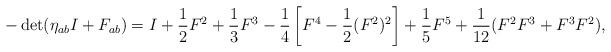
LaTeX: \begin{align*}-\det(\eta_{ab} I + F_{ab}) = I + \frac{1}{2}F^2 + \frac{1}{3}F^3 -\frac{1}{4}\left[F^4 - \frac{1}{2}(F^2)^2\right] + \frac{1}{5}F^5 +\frac{1}{12}(F^2F^3 + F^3F^2),\end{align*}